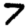
Digit: 7